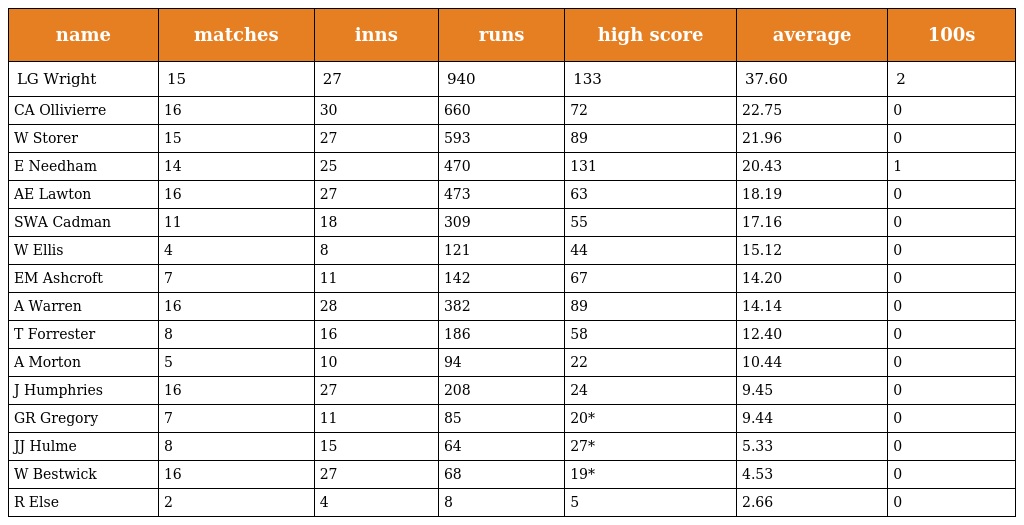
| name | matches | inns | runs | high score | average | 100s |
 | --- | --- | --- | --- | --- | --- | --- |
 | LG Wright | 15 | 27 | 940 | 133 | 37.60 | 2 |
 | CA Ollivierre | 16 | 30 | 660 | 72 | 22.75 | 0 |
 | W Storer | 15 | 27 | 593 | 89 | 21.96 | 0 |
 | E Needham | 14 | 25 | 470 | 131 | 20.43 | 1 |
 | AE Lawton | 16 | 27 | 473 | 63 | 18.19 | 0 |
 | SWA Cadman | 11 | 18 | 309 | 55 | 17.16 | 0 |
 | W Ellis | 4 | 8 | 121 | 44 | 15.12 | 0 |
 | EM Ashcroft | 7 | 11 | 142 | 67 | 14.20 | 0 |
 | A Warren | 16 | 28 | 382 | 89 | 14.14 | 0 |
 | T Forrester | 8 | 16 | 186 | 58 | 12.40 | 0 |
 | A Morton | 5 | 10 | 94 | 22 | 10.44 | 0 |
 | J Humphries | 16 | 27 | 208 | 24 | 9.45 | 0 |
 | GR Gregory | 7 | 11 | 85 | 20* | 9.44 | 0 |
 | JJ Hulme | 8 | 15 | 64 | 27* | 5.33 | 0 |
 | W Bestwick | 16 | 27 | 68 | 19* | 4.53 | 0 |
 | R Else | 2 | 4 | 8 | 5 | 2.66 | 0 |